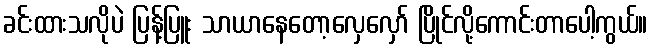
ခင်းထားသလိုပဲ ပြန့်ပြူး သာယာနေတော့လှေလှော် ပြိုင်လို့ကောင်းတာပေါ့ကွယ်။